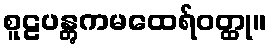
စူဠပန္တွကမထေရ်ဝတ္ထု။